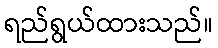
ရည်ရွယ်ထားသည်။